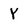
Character: Y